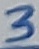
Text: 3